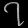
Digit: ၇